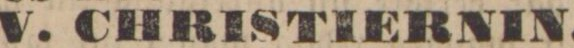
sysselsatt med att ordna sterbhusets affärer. Han